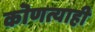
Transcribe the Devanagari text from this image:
कॊणत्याही